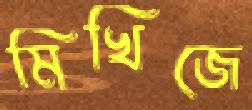
মিখিজে